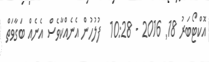
އޮކްޓޯބަރު 18